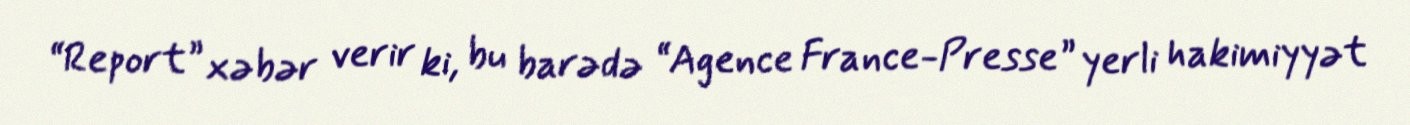
“Report” xəbər verir ki, bu barədə “Agence France-Presse” yerli hakimiyyət